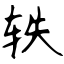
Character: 轶